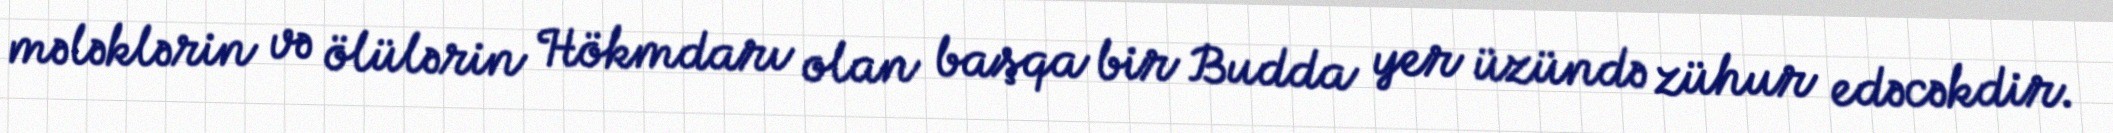
mələklərin və ölülərin Hökmdarı olan başqa bir Budda yer üzündə zühur edəcəkdir.